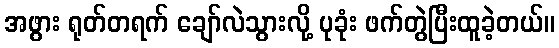
အဖွား ရုတ်တရက် ချော်လဲသွားလို့ ပုခုံး ဖက်တွဲပြီးထူခဲ့တယ်။